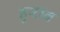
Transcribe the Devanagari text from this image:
हूराव